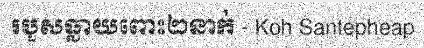
របួសធ្លាយពោះ២នាក់ - Koh Santepheap